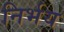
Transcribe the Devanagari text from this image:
निर्भय